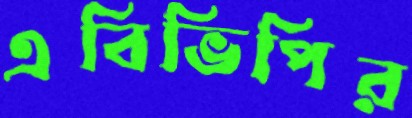
এবিভিপির